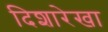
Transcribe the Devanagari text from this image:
दिशारेखा